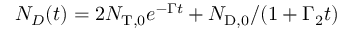
N _ { D } ( t ) = 2 N _ { \mathrm { T , 0 } } e ^ { - \Gamma t } + N _ { \mathrm { D , 0 } } / ( 1 + \Gamma _ { 2 } t )